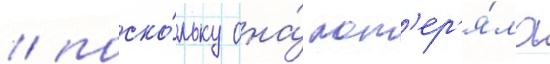
/ поско́льку она́ пот'ер'я́ла